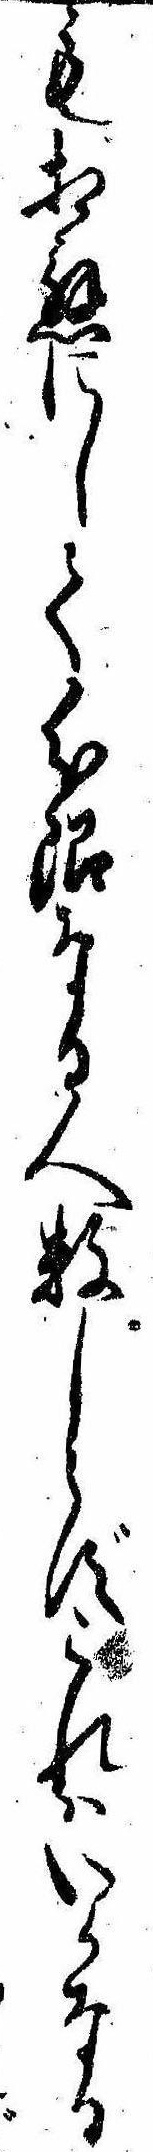
も相応にして分限なる人数しらずこれはいかなる